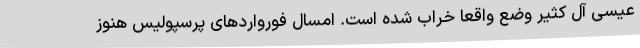
عیسی آل‌ کثیر وضع واقعا خراب شده است. امسال فورواردهای پرسپولیس هنوز